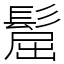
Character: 𩭪